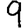
Digit: 9